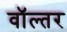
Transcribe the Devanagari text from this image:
वॉल्तर